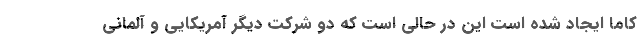
کاما ایجاد شده است این در حالی است که دو شرکت دیگر آمریکایی و آلمانی